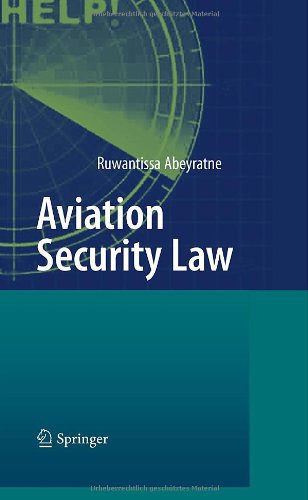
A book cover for Aviation Security Law; Ruwantissa Abeyratne; Law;